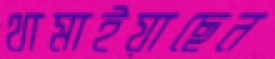
থামাইয়াছেন